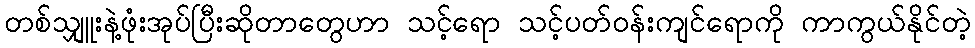
တစ်သျှူးနဲ့ဖုံးအုပ်ပြီးဆိုတာတွေဟာ သင့်ရော သင့်ပတ်ဝန်းကျင်ရောကို ကာကွယ်နိုင်တဲ့